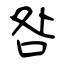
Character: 咎